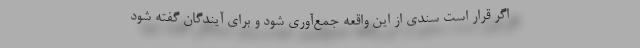
اگر قرار است سندی از این واقعه جمع‌آوری شود و برای آیندگان گفته شود